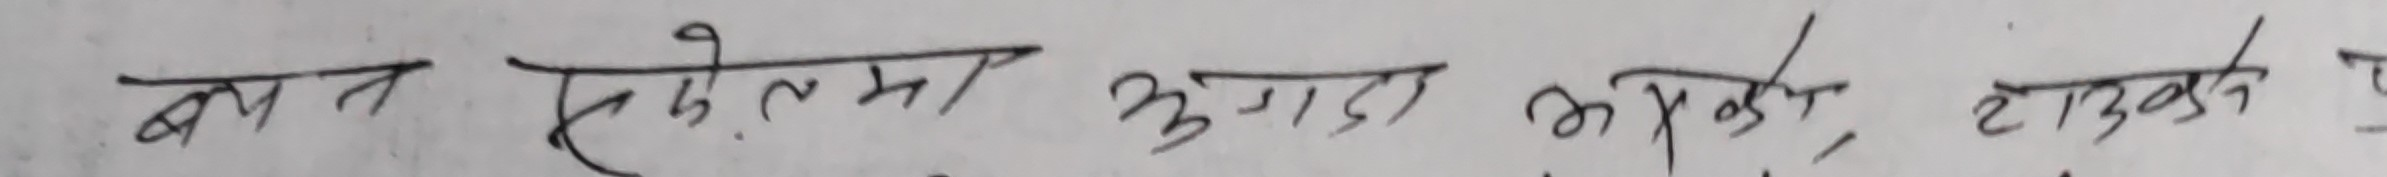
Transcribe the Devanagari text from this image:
बान स्कोलामा खोज्दा अमकी टाउको दुः